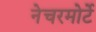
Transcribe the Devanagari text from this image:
नेचरमोर्टे